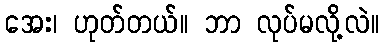
အေး၊ ဟုတ်တယ်။ ဘာ လုပ်မလို့လဲ။